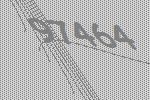
97464